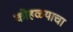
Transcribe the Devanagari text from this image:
कोहळयाचा